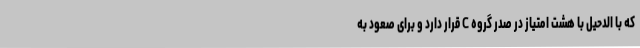
که با الدحیل با هشت امتیاز در صدر گروه C قرار دارد و برای صعود به